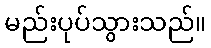
မည်းပုပ်သွားသည်။